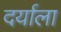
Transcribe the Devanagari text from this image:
दर्याला